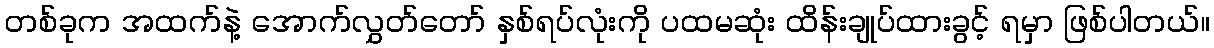
တစ်ခုက အထက်နဲ့ အောက်လွှတ်တော် နှစ်ရပ်လုံးကို ပထမဆုံး ထိန်းချုပ်ထားခွင့် ရမှာ ဖြစ်ပါတယ်။